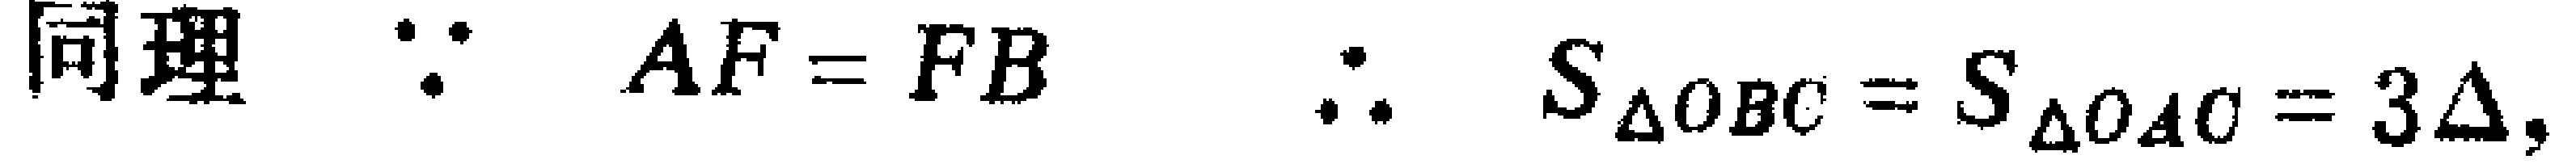
同理 $\because AF = FB$ $\therefore S_{\triangle OBC}=S_{\triangle OAC}=3\Delta,$